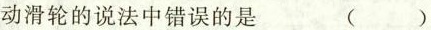
动滑轮的说法中错误的是 ( )